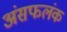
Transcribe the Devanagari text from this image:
अंसफलंक